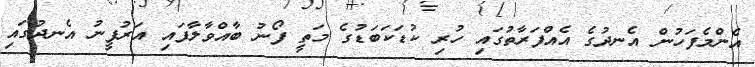
އެންމެފަހުން އެނދުގެ އެއްފަރާތުގައި ހުރި ކުޑަކަބަޑުގެ މަތީ ފޯނު ބާއްވާލާފައި އަރުފީނު އެނދުގައި